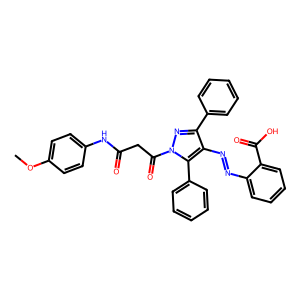
SMILES: COc1ccc(NC(=O)CC(=O)n2nc(-c3ccccc3)c(N=Nc3ccccc3C(=O)O)c2-c2ccccc2)cc1
Inhibits HIV replication: No